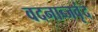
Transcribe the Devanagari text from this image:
वदनाब्जवृंद